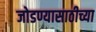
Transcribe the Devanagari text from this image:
जोडण्यासाठीच्या